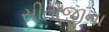
સીતાજીના